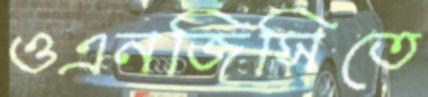
ওএনজিসিতে